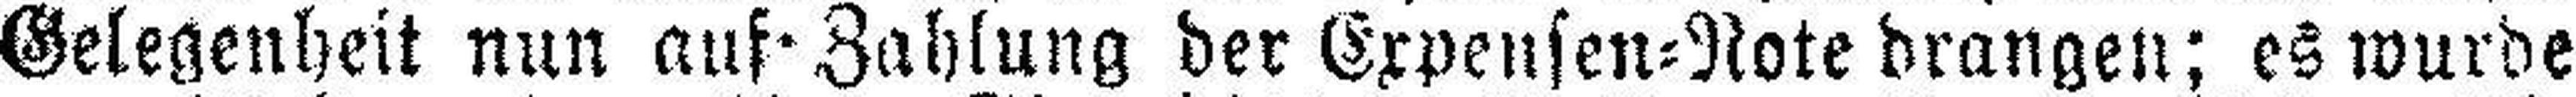
Gelegenheit nun auf Zahlung der Expensen=Note drangen; es wurde